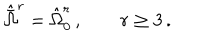
{ \hat { \bar { \Omega } } } ^ { r } = { \hat { \Omega } } _ { 0 } ^ { r } \, , \qquad r \geq 3 \, .